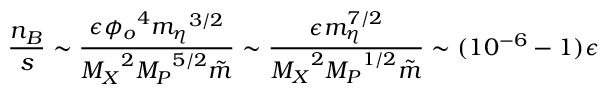
\frac { n _ { B } } { s } \sim \frac { \epsilon { \phi _ { o } } ^ { 4 } { m _ { \eta } } ^ { 3 / 2 } } { { M _ { X } } ^ { 2 } { M _ { P } } ^ { 5 / 2 } \tilde { m } } \sim \frac { \epsilon m _ { \eta } ^ { 7 / 2 } } { { M _ { X } } ^ { 2 } { M _ { P } } ^ { 1 / 2 } \tilde { m } } \sim ( 1 0 ^ { - 6 } - 1 ) \epsilon